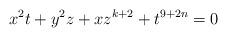
LaTeX: \begin{align*}x^2t+y^2z+xz^{k+2}+t^{9+2n}=0\end{align*}